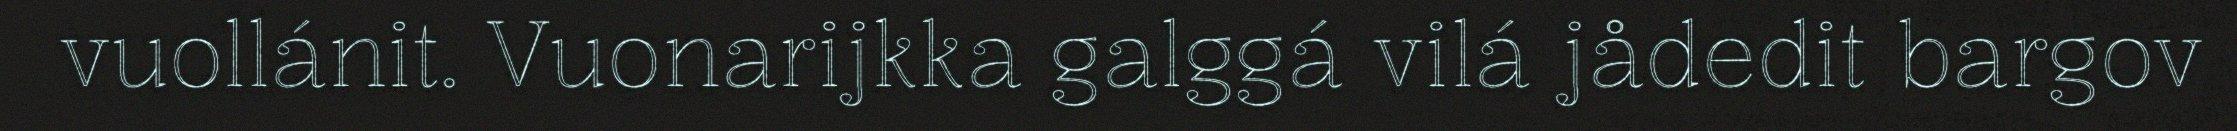
vuollánit. Vuonarijkka galggá vilá jådedit bargov